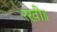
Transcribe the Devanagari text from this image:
रखी॥